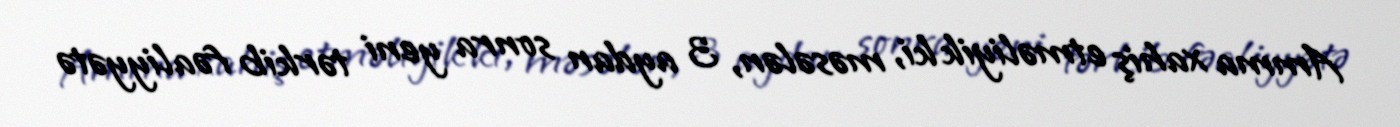
Amma xahiş etməliyik ki, məsələn, 3 aydan sonra yeni tərkib fəaliyyətə